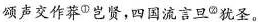
颂声交作莽^{①}岂贤，四国流言旦^{②}犹圣。